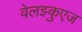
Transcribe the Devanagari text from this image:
वेलझ्कुएज